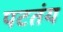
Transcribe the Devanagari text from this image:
पटतंय